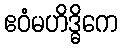
ဧဝံမဟိဒ္ဓိကေ